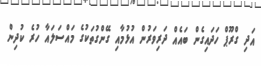
އަދި ގްރޫޕް ހަދައިގެން ބައެއް ދަރިވަރުން އުޅުމާއި ގޭންގުތަކުގެ މައްސަލައާ ހުރެ ކުދިން